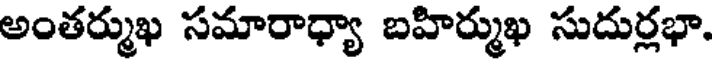
అంతర్ముఖ సమారాధ్యా బహిర్ముఖ సుదుర్లభా.